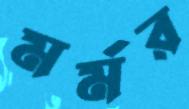
মর্মর